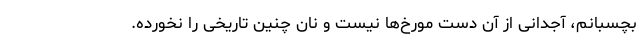
بچسبانم، آجدانی از آن دست مورخ‌ها نیست و نان چنین تاریخی را نخورده.